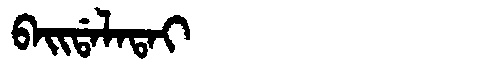
Manchu: ᠪᠠᡳᡩᠠᠯᠠᡨᠠᡳ
Romanization: BAIDALATAI